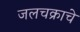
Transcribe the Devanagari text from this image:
जलचक्राचे